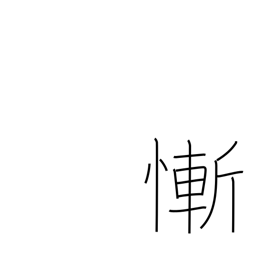
Meaning: feel ashamed